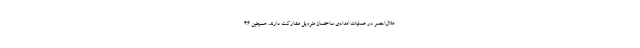
هلال‌احمر در عملیات امدادی ساختمان متروپل مشارکت دارند. همچنین ۴۶